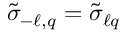
\widetilde \sigma _ { - \ell , q } = \widetilde \sigma _ { \ell q }